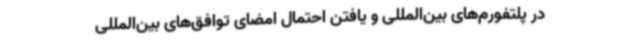
در پلتفورم‌های بین‌المللی و یافتن احتمال امضای توافق‌های بین‌المللی